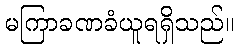
မကြာခဏခံယူရရှိသည်။